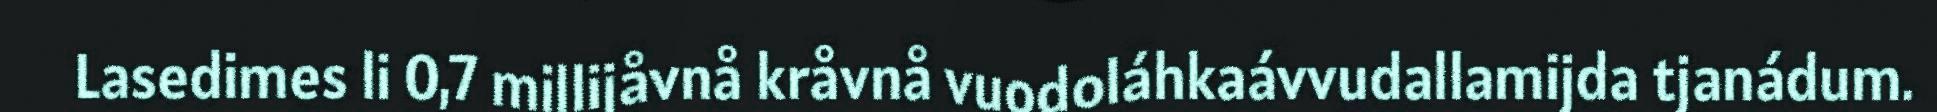
Lasedimes li 0,7 millijåvnå kråvnå vuodoláhkaávvudallamijda tjanádum.